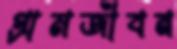
গ্রামজীবন